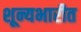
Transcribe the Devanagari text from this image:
शून्यभारीत